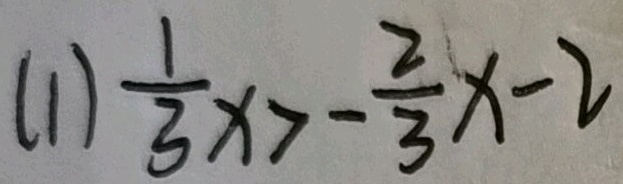
( 1 ) \frac { 1 } { 3 } x > - \frac { 2 } { 3 } x - 2